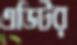
এডিটর